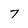
Character: 7